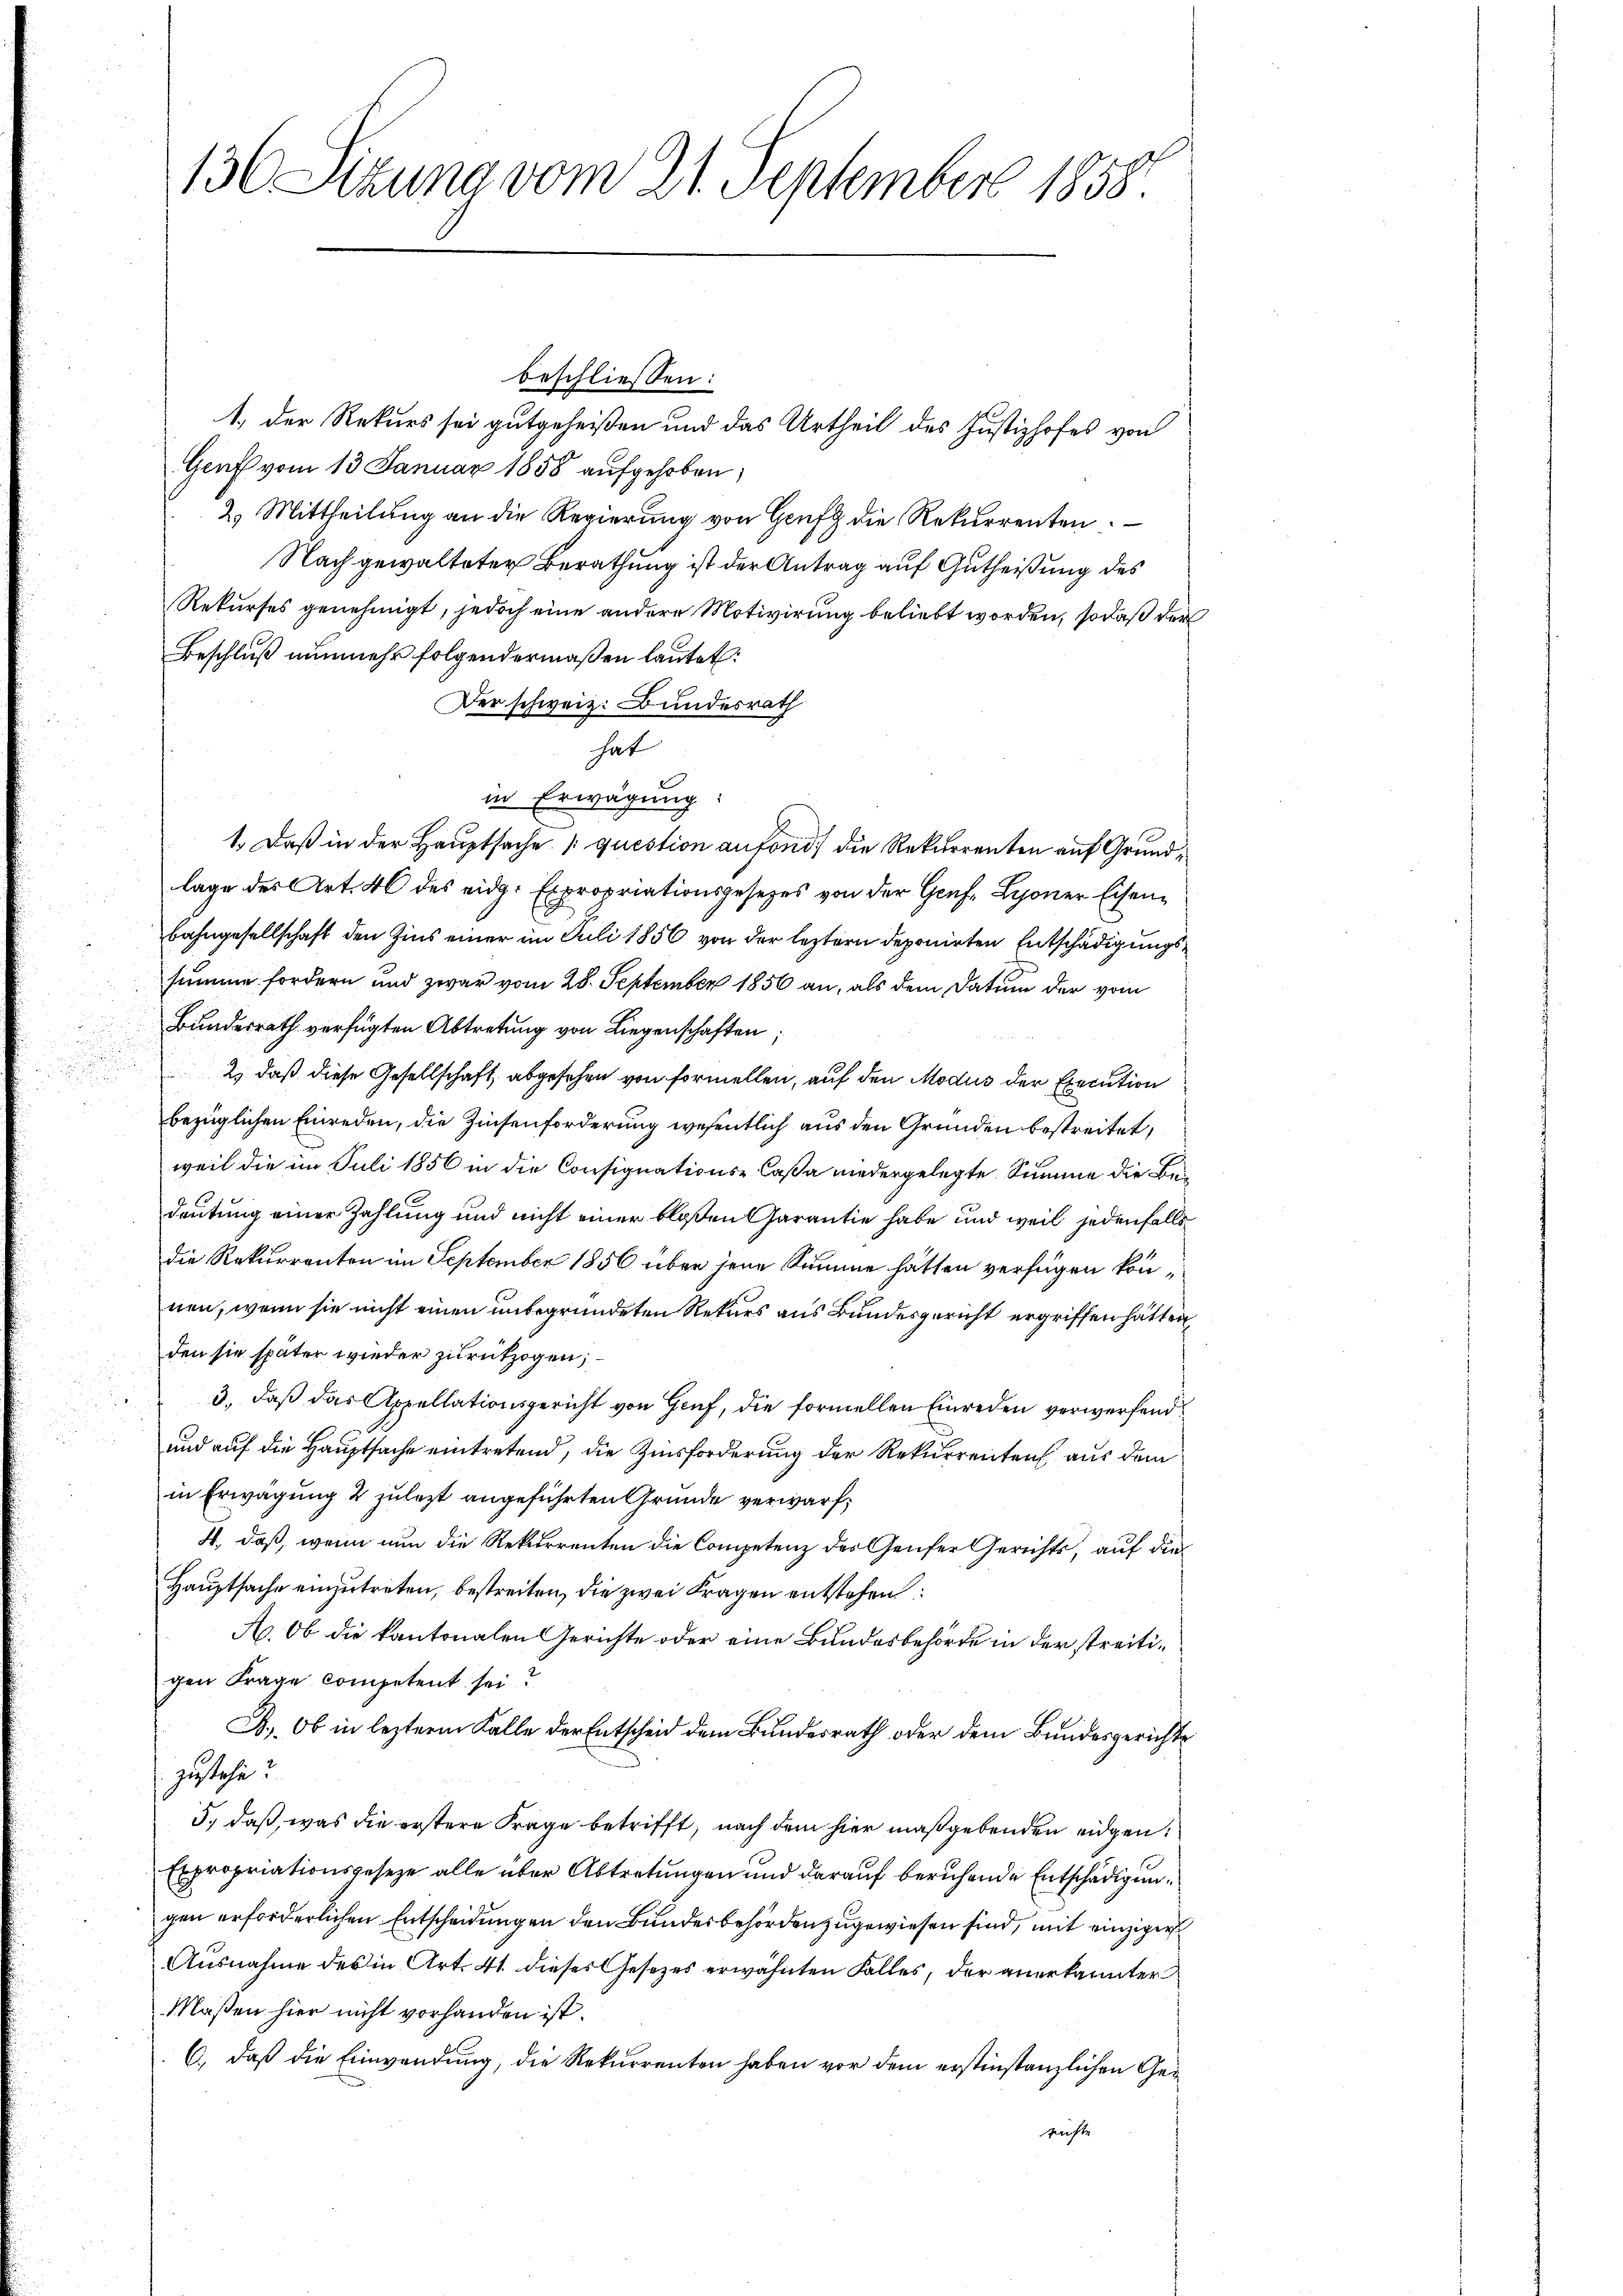
130 Sizung vom 21. September 1858.

beschliessen:
1.) Der Rekurs sei gutgeheißen und das Urtheil des Justizhofes von
Genf vom 13. Januar 1858 aufgehoben,
2.) Mittheilung an die Regierung von Genf die Rekurrenten.
Nach gewalteter Berathung ist der Antrag auf Gutheißung des
Rekurses genehmigt, jedoch eine andere Motivirung beliebt worden, sodaß der
Beschluß nunmehr folgendermaßen lautet:
Der schweiz. Bundesrath
hat
in Erwägung:
1.) Daß in der Hauptsache question anfond die Rekurrenten auf Grundlage des Art. 40 des eidg. Expropriationsgesetzes von der Genf, Lyoner Eisen¬
Bahngesellschaft den Zins einer im Juli 1856 von der leztern deponirten Entschädigungssumme fordern und zwar vom 28. September 1856 an, als dem Datum der vom
Bundesrath verfügten Abtretung von Liegenschaften;
2) daß diese Gesellschaft abgesehen von formellen, auf den Modus der Execution
bezüglichen Einreden, die Zinsenforderung wesentlich aus den Gründen bestreitet,
weil die im Juli 1856 in die Consignations-Caßa niedergelegte Summe die Bedeutung einer Zahlung und nicht einer bloßen Garantie habe und weil jedenfalls
die Rekurrenten im September 1856 über jene Summe hätten verfügen können, wenn sie nicht einen unbegründeten Rekurs aus Bundesgericht ergriffen hätten,
den sie später wieder zurückzogen;
3., daß das Appellationsgericht von Gruf, die formellen Einreden verwerfend
und auf die Hauptsache eintretend, die Zinsforderung der Rekurrenten aus dem
in Erwägung 2 zulezt angeführten Grunde verwarf,
4, daß, wenn nun die Rekurrenten die Competenz der Genfer Gerichts, auf die¬
Hauptsache einzutreten, bestreiten, die zwei Fragen entstehen:
A. Ob die kantonalen Gerichte oder eine Bundesbehörde in der streitigen Frage competent sei?
B., Ob in lezterm Kalle der Entscheid dem Bundesrath oder dem Bundesgerichte
zustehe?
5., daß, was die erstere Frage betrifft, nach dem hier maßgebenden eidgen¬
Expropriationsgeseze alle über Abtretungen und darauf beruhende Entschädigungen erforderlichen Entscheidungen den Bundesbehörden zugewiesen sind, mit einziger
Ausnahme des in Art. 41. dieses Gesetzes erwähnten Falles, der anerkannter
Maßen hier nicht vorhanden ist.
6., daß die Einwendung, die Rekurrenten haben vor dem erstinstanzlichen Gerichte